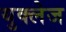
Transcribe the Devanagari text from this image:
युक्लेज